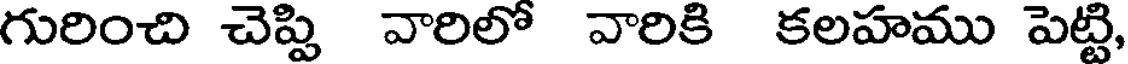
గురించి చెప్పి వారిలో వారికి కలహము పెట్టి,